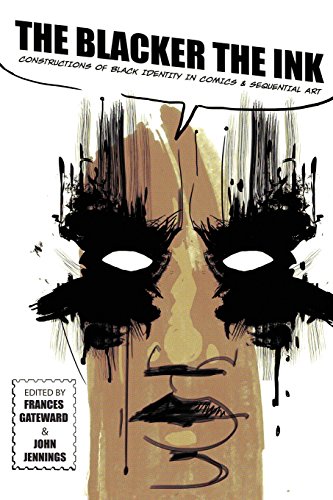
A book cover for The Blacker the Ink: Constructions of Black Identity in Comics and Sequential Art; Comics & Graphic Novels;